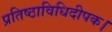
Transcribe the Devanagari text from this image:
प्रतिष्ठाविधिदीपक।